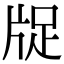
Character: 𤗁